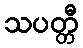
သပတ္တီ